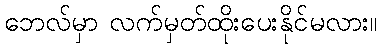
ဘေလ်မှာ လက်မှတ်ထိုးပေးနိုင်မလား။